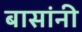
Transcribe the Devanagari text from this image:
बासांनी